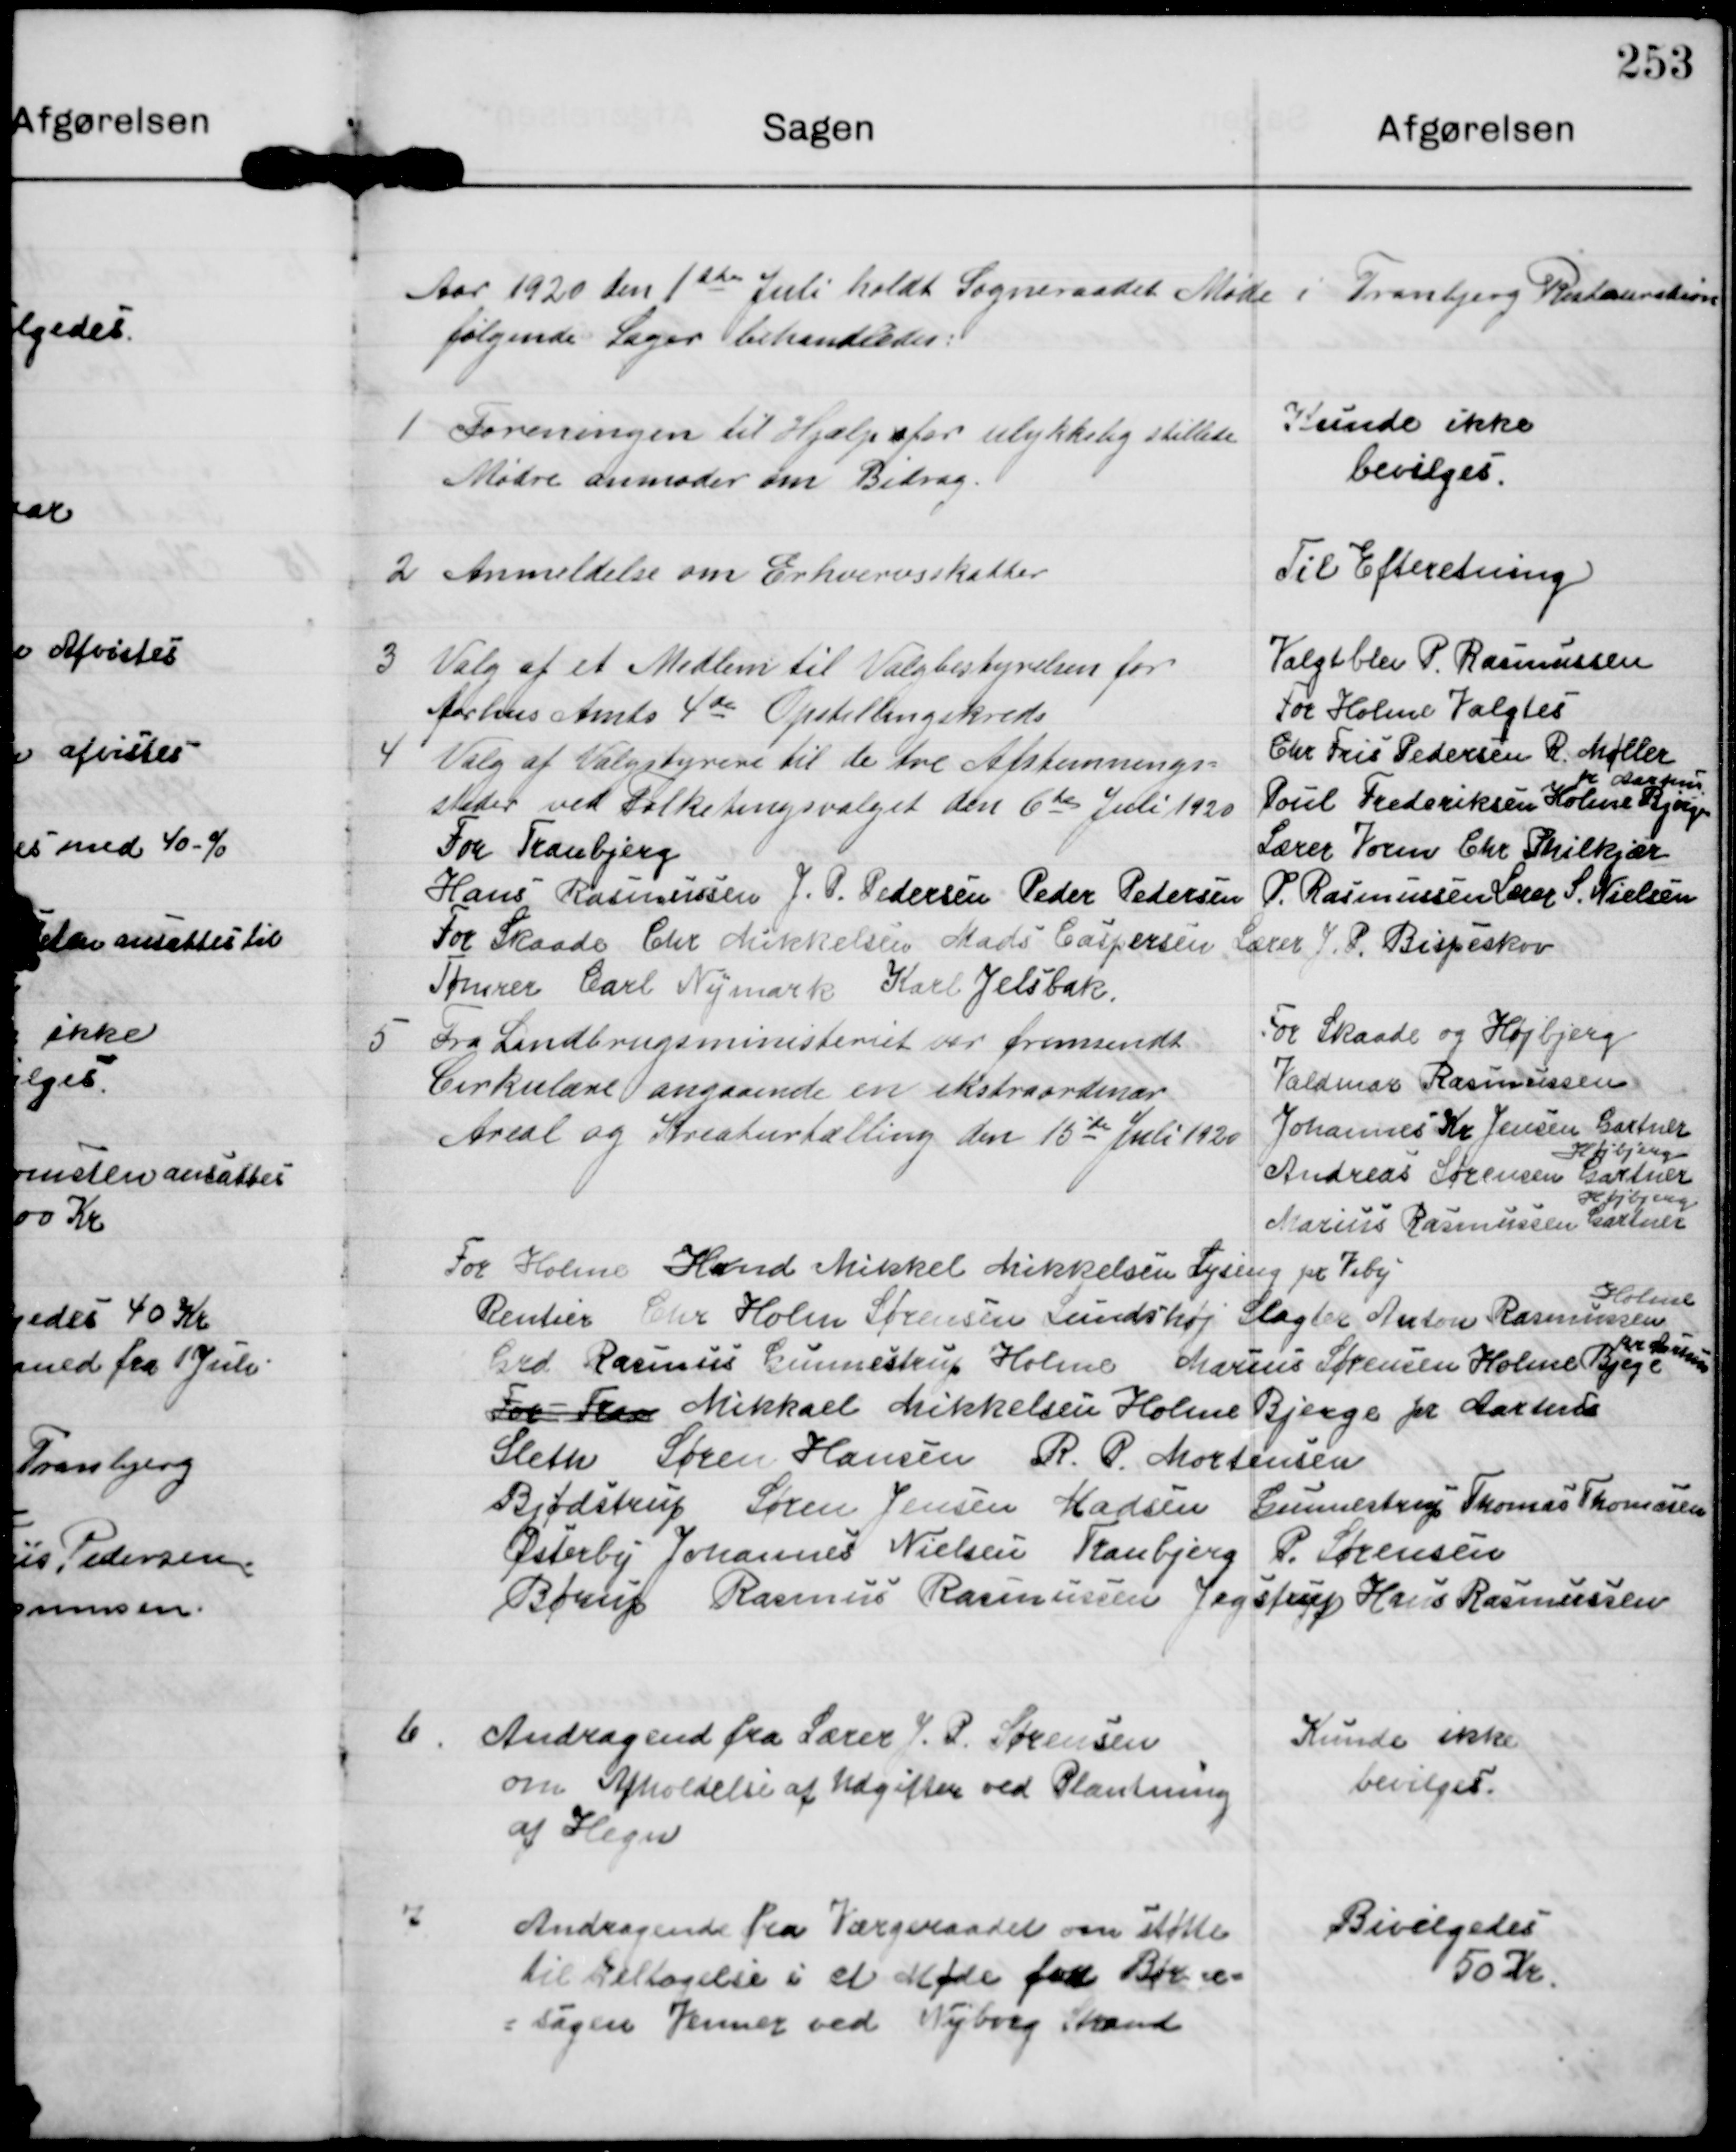
Transskription:
Aar 1920 den 1ste Juli holdt Sogneraadet Møde i Tranbjerg Restauration
følgende Sager behandledes:

1

Foreningen til Hjælp for ulykkelig stillede
Mødre anmoder om Bidrag.

Kunde ikke
bevilges.

2

Anmeldelse om Erhvervsskatter

Til Efteretning

3

Valg af et Medlem til Valgbestyrelsen for
Aarhus Amts 4de Opstillingskreds

Valgt blev P. Rasmussen
For Holme Valgtes
Chr Fris Pedersen R. Møller 
Poul Frederiksen Holme Bjerge
pr Aarhus
Lærer Søren Chr Philkjær
P. Rasmussen Lærer S. Nielsen
Lærer J. P. Bispeskov
For Skaade og Højbjerg
Valdmar Rasmussen
Johannes Kr Jensen Gartner
Højbjerg
Andreas Sørensen Gartner
Højbjerg
Marius Rasmussen Gartner

4

Valg af Valgstyrere til de tre Afstemnings-
steder ved Folketingsvalget den 6te Juli 1920
For Tranbjerg
Hans Rasmussen J. P. Pedersen Peder Pedersen
For Skaade Chr Mikkelsen Mads Caspersen
Tømrer Carl Nymark
Karl Jelsbak

5

Fra Landbrugsministeriet var fremsendt
Cirkulære angaaende en ekstraordinær
Areal og Kreaturtælling den 15de Juli 1920

For Holme Hmd Mikkel Mikkelsen Lyseng pr Viby
Rentier Chr Holm Sørensen Lundshøj Slagter Anton Rasmussen
Holme
Grd Rasmus Gunnestrup Holme Marius Sørensen Holme Bjerge
pr Aarhus
For Frra Mikkael Mikkelsen Holme Bjerge pr Aarhus
Sleth Søren Hansen R. P. Mortensen
Bjødstrup Søren Jensen Madsen Gunnestrup Thomas Thomsen
Østerby Johannes Nielsen Tranbjerg P. Sørensen
Børup Rasmus Rasmussen Jegstrup Hans Rasmussen

6

Andragend fra Lærer J. P. Sørensen
om Afholdelse af Udgifter ved Plantning
af Hegn

Kunde ikke
bevilges.

7

Andragende fra Værgeraadet om støtte
til Deltagelse i et Møde fra Børne-
sagen Venner ved Nyborg Strand

Bevilgedes
50 Kr